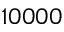
1 0 0 0 0